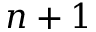
n + 1